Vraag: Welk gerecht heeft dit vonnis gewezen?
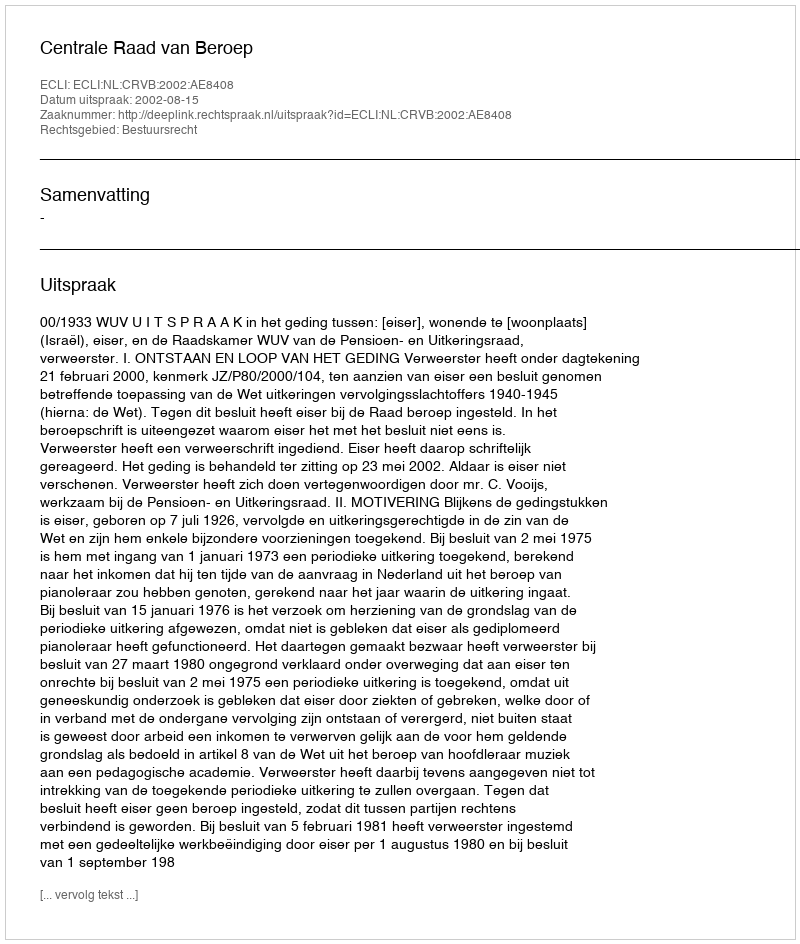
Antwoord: Centrale Raad van Beroep